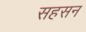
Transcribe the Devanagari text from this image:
सहसन